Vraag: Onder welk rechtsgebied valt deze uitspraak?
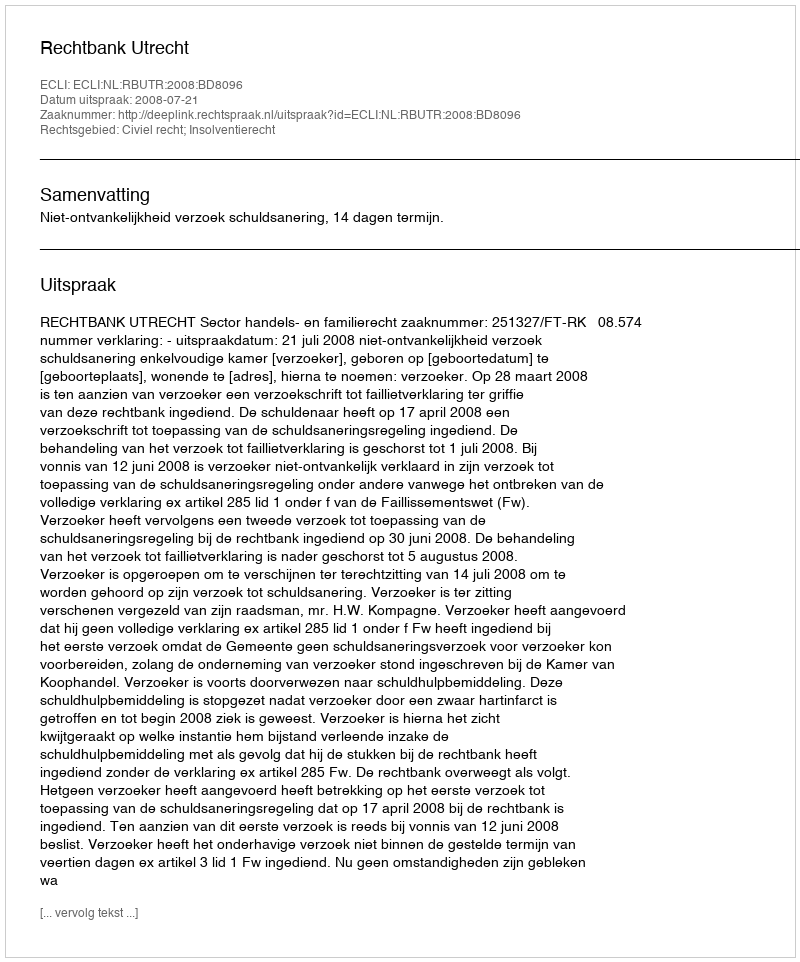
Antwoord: Civiel recht; Insolventierecht